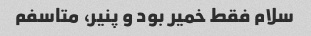
سلام فقط خمیر بود و پنیر، متاسفم